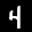
Label: 4